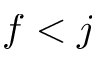
f < j